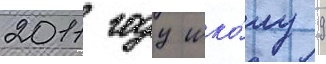
2011 году шко́лу 9